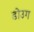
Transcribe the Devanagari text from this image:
डोउग